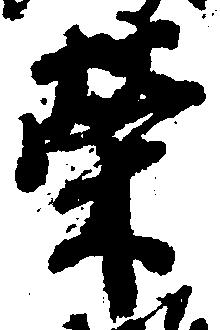
栄